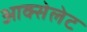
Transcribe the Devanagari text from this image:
आक्सेलेट